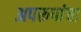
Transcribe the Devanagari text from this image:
अपरूपांचा